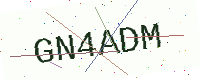
Text: GN4ADM